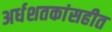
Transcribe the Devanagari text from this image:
अर्धशतकांसहीत